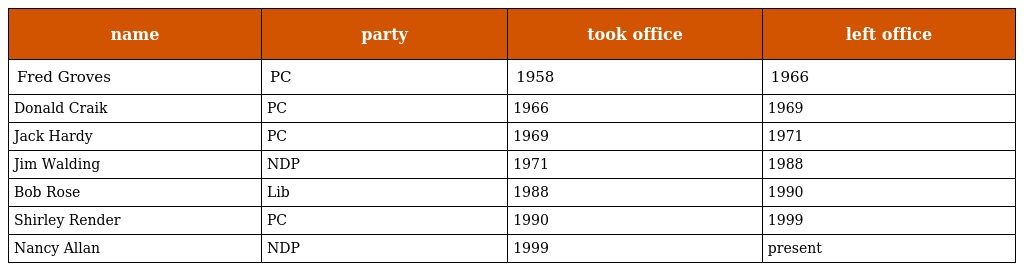
| name | party | took office | left office |
 | --- | --- | --- | --- |
 | Fred Groves | PC | 1958 | 1966 |
 | Donald Craik | PC | 1966 | 1969 |
 | Jack Hardy | PC | 1969 | 1971 |
 | Jim Walding | NDP | 1971 | 1988 |
 | Bob Rose | Lib | 1988 | 1990 |
 | Shirley Render | PC | 1990 | 1999 |
 | Nancy Allan | NDP | 1999 | present |